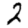
Digit: 2